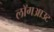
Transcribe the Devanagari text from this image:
लॉगआउट